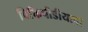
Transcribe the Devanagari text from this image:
विकिपीडीयाचा